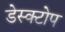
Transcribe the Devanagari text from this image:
डेस्क्टोप